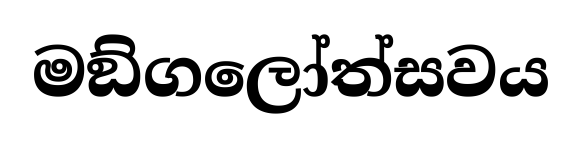
මඞ්ගලෝත්සවය